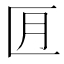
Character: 𪟬